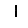
Digit: 1